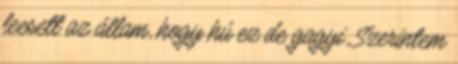
leesett az állam, hogy hú ez de gagyi. Szerintem